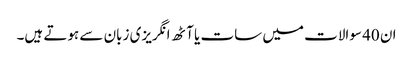
ان 40 سوالات میں سات یا آٹھ انگریزی زبان سے ہوتے ہیں۔